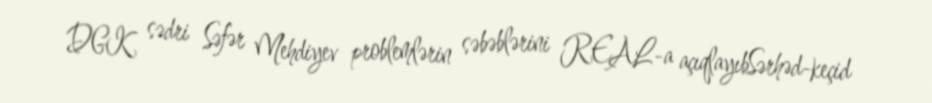
DGK sədri Səfər Mehdiyev problemlərin səbəblərini REAL-a açıqlayıbSərhəd-keçid